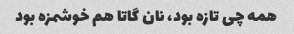
همه چی تازه بود، نان گاتا هم خوشمزه بود